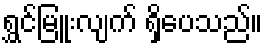
ရွှင်မြူးလျက် ရှိပေသည်။